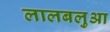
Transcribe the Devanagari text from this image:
लालबलुआ